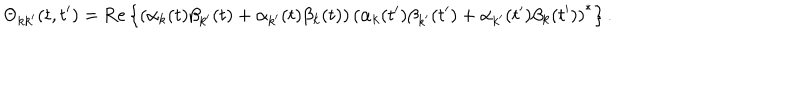
\Theta _ { k k ^ { \prime } } ( t , t ^ { \prime } ) = \mathrm { R e } \left\{ \left( \alpha _ { k } ( t ) \beta _ { k ^ { \prime } } ( t ) + \alpha _ { k ^ { \prime } } ( t ) \beta _ { k } ( t ) \right) \left( \alpha _ { k } ( t ^ { \prime } ) \beta _ { k ^ { \prime } } ( t ^ { \prime } ) + \alpha _ { k ^ { \prime } } ( t ^ { \prime } ) \beta _ { k } ( t ^ { \prime } ) \right) ^ { * } \right\} .